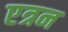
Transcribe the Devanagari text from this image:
एत्रन